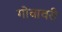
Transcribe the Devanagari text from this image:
गोवावरी